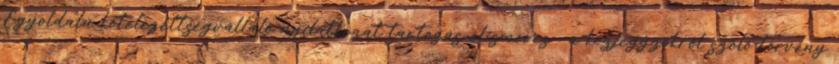
Egyoldalú kötelezettségvállaló nyilatkozat tartozás-elismerés : a közjegyzőkről szóló törvény